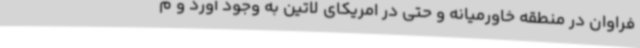
فراوان در منطقه خاورمیانه و حتی در امریکای لاتین به وجود آورد و م